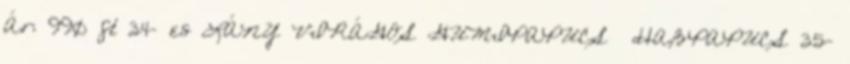
Ár: 990 ft 34- es LÁNY VIRÁGOS GUMIPAPUCS HABPAPUCS 35-